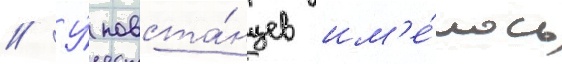
// У́ повста́нцев им'е́лось